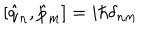
[ \hat { q } _ { n } , \hat { p } _ { m } ] = i \hbar \delta _ { n m }